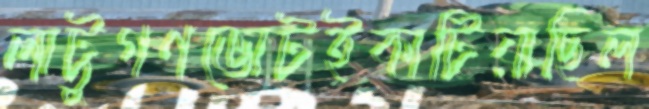
লাট্টুগণভোটইকাটিয়াছিল